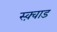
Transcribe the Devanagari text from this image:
स्क़्वाड